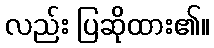
လည်း ပြဆိုထား၏။